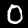
Digit: 0